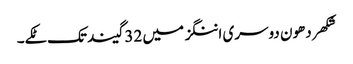
شکھر دھون دوسری اننگز میں 32 گیند تک ٹکے۔